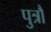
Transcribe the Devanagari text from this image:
पुत्रौ